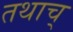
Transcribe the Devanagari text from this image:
तथाच्